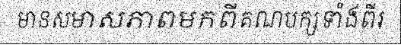
មានសមាសភាពមកពីគណបក្សទាំងពីរ